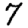
Digit: 7